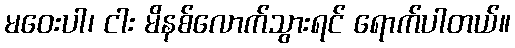
မဝေးပါ၊ ငါး မိနစ်လောက်သွားရင် ရောက်ပါတယ်။